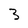
Character: 3